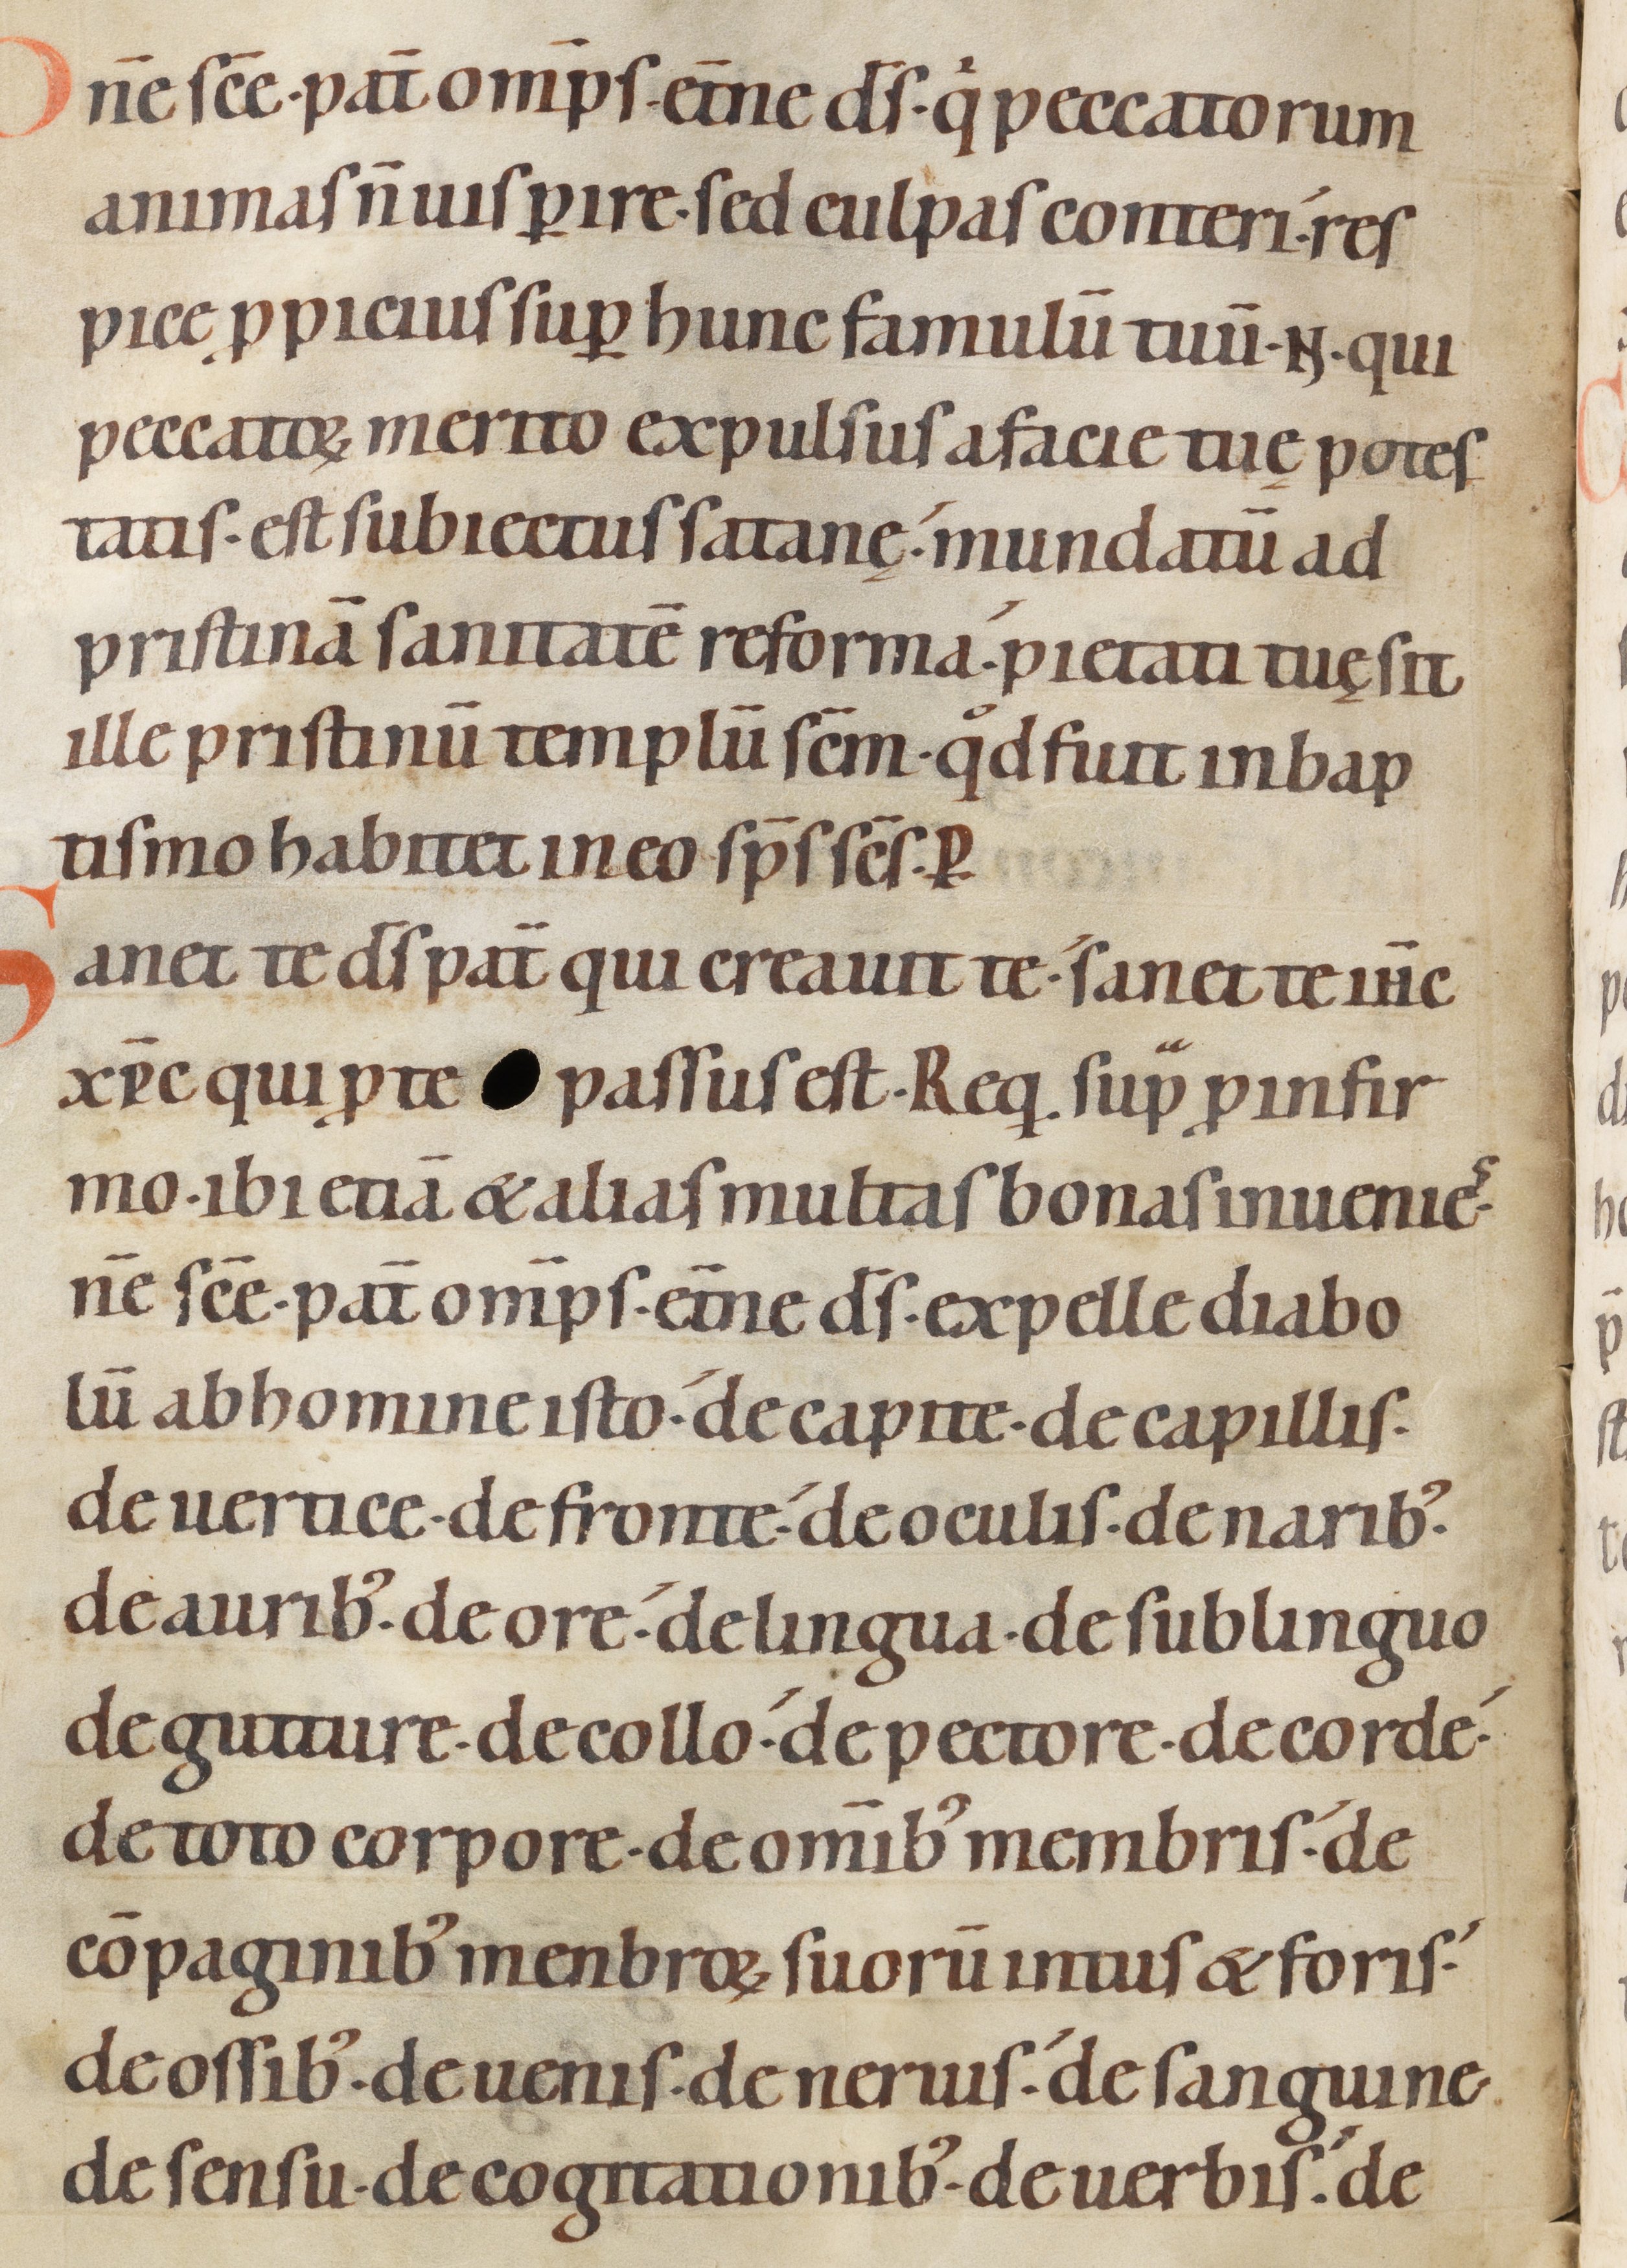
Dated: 1100–1199